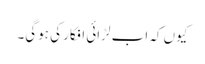
کیوں کہ اب لڑائی افکار کی ہوگی۔